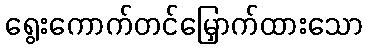
ရွေးကောက်တင်မြှောက်ထားသော